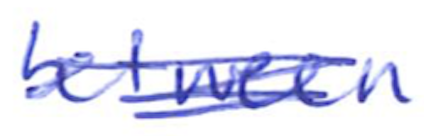
Text: between
Cross-out: scratch
Writing tool: ballpoint